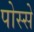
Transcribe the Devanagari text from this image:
पोस्से